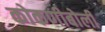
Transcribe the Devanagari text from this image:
कोकणीबोली